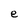
Character: e